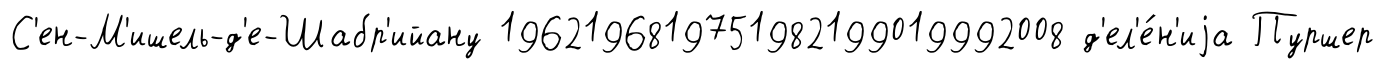
С'ен-М'ишель-д'е-Шабр'ийану 1962196819751982199019992008 д'ел'е́н'иjа Пуршер